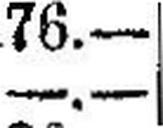
—.—